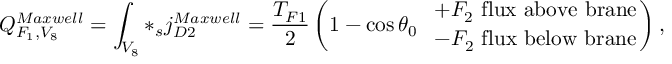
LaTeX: Q _ { F _ { 1 } , V _ { 8 } } ^ { M a x w e l l } = \int _ { V _ { 8 } } * _ { s } j _ { D 2 } ^ { M a x w e l l } = \frac { T _ { F 1 } } { 2 } \left( 1 - \cos \theta _ { 0 } \ \ { + F _ { 2 } \ { \mathrm { f l u x \ a b o v e \ b r a n e } } \atop { - F _ { 2 } \ \mathrm { f l u x \ b e l o w \ b r a n e } } } \right) ,